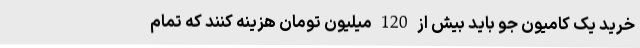
خرید یک کامیون جو باید بیش از 120 میلیون تومان هزینه کنند که تمام